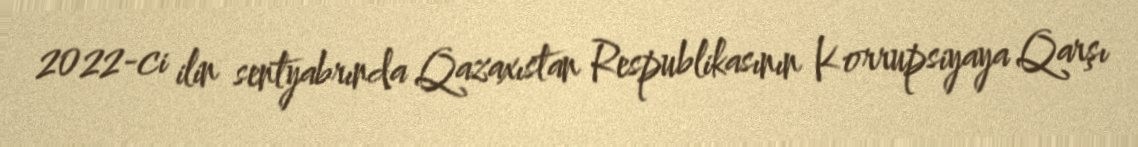
2022-ci ilin sentyabrında Qazaxıstan Respublikasının Korrupsiyaya Qarşı